Report on horse surra - Volume I
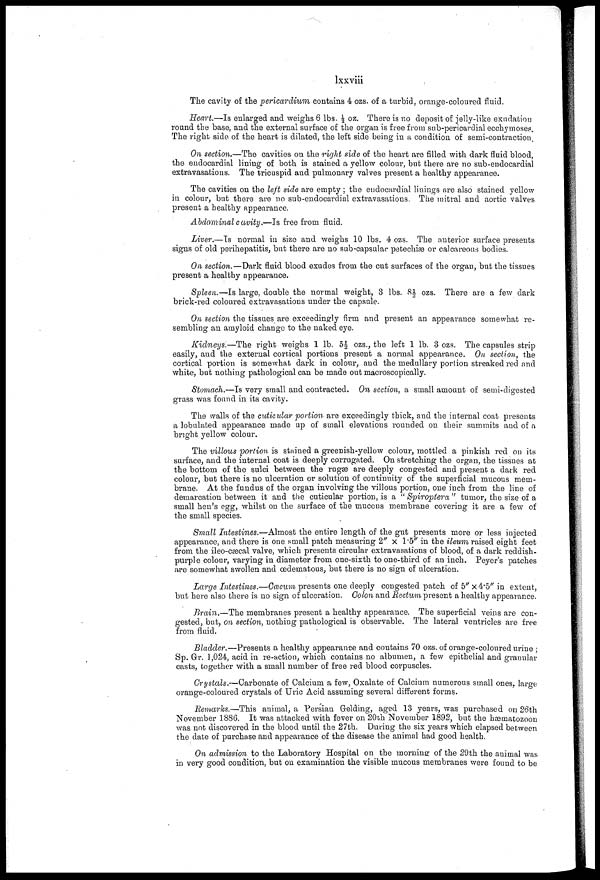
lxxviii
The cavity of the pericardium contains 4 ozs. of a turbid, orange-coloured fluid.
Heart.—Is enlarged and weighs 6 lbs. ½ oz. There is no deposit of jelly-like exudation
round the base, and the external surface of the organ is free from sub-pericardial ecchymoses.
The right side of the heart is dilated, the left side being in a condition of semi-contraction.
On section.—The cavities on the right side of the heart are filled with dark fluid blood,
the endocardial lining of both is stained a yellow colour, but there are no sub-endocardial
extravasations. The tricuspid and pulmonary valves present a healthy appearance.
The cavities on the left side are empty ; the endocardial linings are also stained yellow
in colour, but there are no sub-endocardial extravasations. The mitral and aortic valves
present a healthy appearance.
Abdominal cavity.—Is free from fluid.
Liver.—Is normal in size and weighs 10 lbs. 4 ozs. The anterior surface presents
signs of old perihepatitis, but there are no sub-capsular petechias or calcareous bodies.
On section.—Dark fluid blood exudes from the cut surfaces of the organ, but the tissues
present a healthy appearance.
Spleen.—Is large, double the normal weight, 3 lbs. 8½| ozs. There are a few dark
brick-red coloured extravasations under the capsule.
On section the tissues are exceedingly firm and present an appearance somewhat re-
sembling an amyloid change to the naked eye.
Kidneys.—The right weighs 1 lb. 5½- ozs., the left 1 lb. 3 ozs. The capsules strip
easily, and the external cortical portions present a normal appearance. On section, the
cortical portion is somewhat dark in colour, and the medullary portion streaked red and
white, but nothing pathological can be made out macroscopically.
Stomach.—Is very small and contracted. On section, a small amount of semi-digested
grass was found in its cavity.
The walls of the cuticular portion are exceedingly thick, and the internal coat presents
a lobulated appearance made up of small elevations rounded on their summits and of a
bright yellow colour.
The villous portion is stained a greenish-yellow colour, mottled a pinkish red on its
surface, and the internal coat is deeply corrugated. On stretching the organ, the tissues at
the bottom of the sulci between the rugæ are deeply congested and present a dark red
colour, but there is no ulceration or solution of continuity of the superficial mucous mem-
brane. At the fundus of the organ involving the villous portion, one inch from the line of
demarcation between it and the cuticular portion, ,is a " Spiroplera " tumor, the size of a
small hen's egg, whilst on the surface of the mucous membrane covering it are a few of
the small species.
Small Intestines.—Almost the entire length of the gut presents more or less injected
appearance, and there is one small patch measuring 2" × 1.5" in the ileum raised eight feet
from the ileo-cæcal valve, which presents circular extravasations of blood, of a dark reddish-
purple colour, varying in diameter from one-sixth to one-third of an inch. Peyer's patches
are somewhat swollen and œdematous, but there is no sign of ulceration.
Large Intestines.—Oæcum presents one deeply congested patch of 5" × 4.5" in extent,
but here also there is no sign of ulceration. Colon and Rectum present a healthy appearance.
Brain.—The membranes present a healthy appearance. The superficial veins are con-
gested, but, on section, nothing pathological is observable. The lateral ventricles are free
from fluid.
Bladder.—Presents a healthy appearance and contains 70 ozs. of orange-coloured urine ;
Sp. Gr. 1,024, acid in re-action, which contains no albumen, a few epithelial and granular
casts, together with a small number of free red blood corpuscles.
Crystals.—Carbonate of Calcium a few, Oxalate of Calcium numerous small ones, large
orange-coloured crystals of Uric Acid assuming several different forms.
Remarks.—This animal, a Persian Gelding, aged 13 years, was purchased on 26th
November 1886. It was attacked with fever on 20th November 1892, but the hæmatozoon
was not discovered in the blood until the 27th. During the six years which elapsed between
the date of purchase and appearance of the disease the animal had good health.
On admission to the Laboratory Hospital on the morning of the 29th the animal was
in very good condition, but on examination the visible mucous membranes were found to be